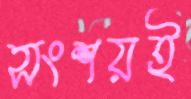
সংশয়ই